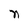
Character: n